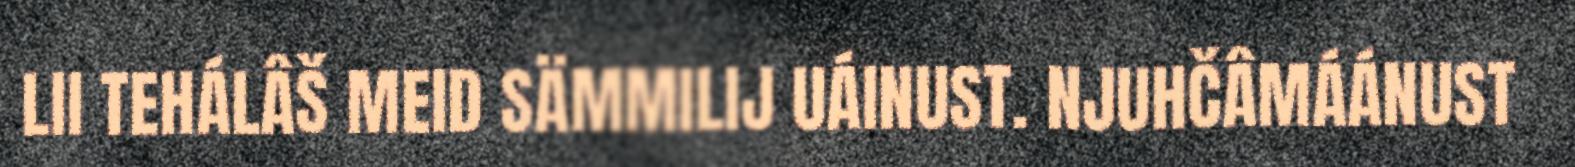
LII TEHÁLÂŠ MEID SÄMMILIJ UÁINUST. NJUHČÂMÁÁNUST